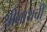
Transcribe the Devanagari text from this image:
श्रीनाथची